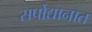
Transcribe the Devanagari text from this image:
सर्पोद्यानात